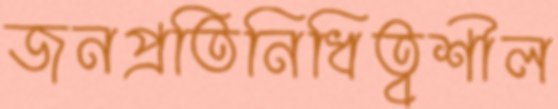
জনপ্রতিনিধিত্বশীল